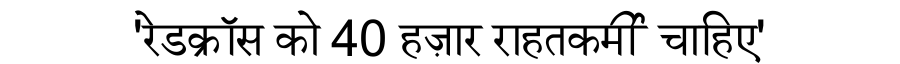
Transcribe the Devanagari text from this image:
'रेडक्रॉस को 40 हज़ार राहतकर्मी चाहिए'